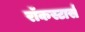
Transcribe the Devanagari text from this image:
रॉकस्टार्स